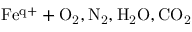
\mathrm { F e ^ { q + } + O _ { 2 } , N _ { 2 } , H _ { 2 } O , C O _ { 2 } }